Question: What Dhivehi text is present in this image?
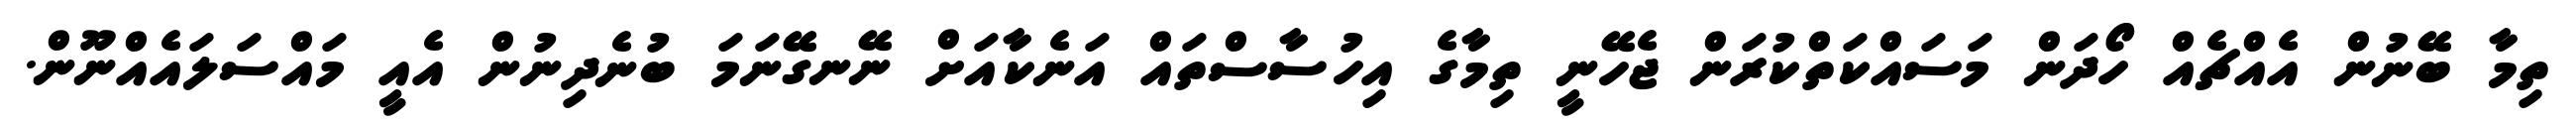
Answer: ތިމާ ބޭނުން އެއްޗެއް ހޯދަން މަސައްކަތްކުރަން ޖެހޭނީ ތިމާގެ އިހުސާސްތައް އަނެކާއަށް ނޭނގޭނަމަ ބުނެދިނުން އެއީ މައްސަލައެއްނޫން.